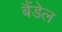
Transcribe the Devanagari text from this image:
बैंडेल